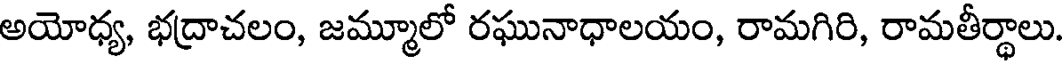
అయోధ్య, భద్రాచలం, జమ్మూలో రఘునాధాలయం, రామగిరి, రామతీర్థాలు.